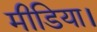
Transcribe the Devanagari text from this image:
मीडिया।